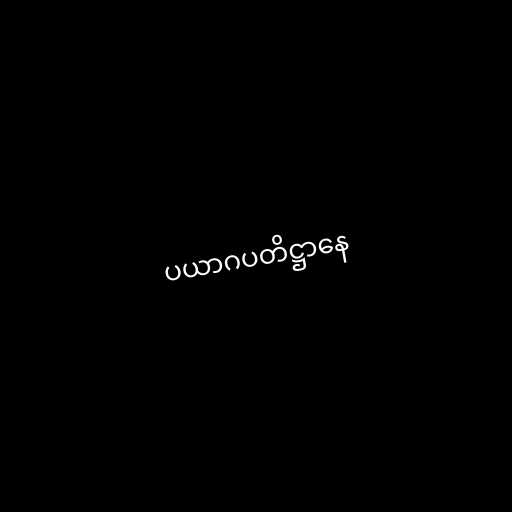
ပယာဂပတိဋ္ဌာနေ